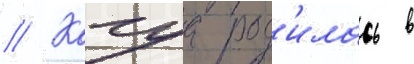
// Кагуа род'илась в